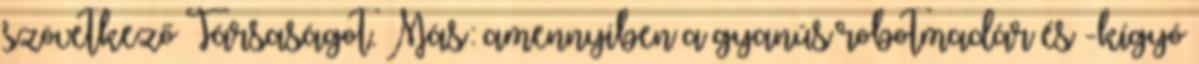
szövetkező Társaságot. Más: amennyiben a gyanús robotmadár és -kígyó